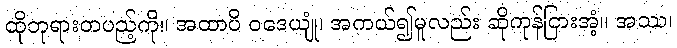
ထိုဘုရားတပည့်ကို။ အထာပိ ဝဒေယျုံ၊ အကယ်၍မူလည်း ဆိုကုန်ငြားအံ့။ အဿ၊